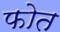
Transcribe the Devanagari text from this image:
फोत